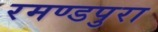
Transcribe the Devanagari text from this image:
रमण्डपुरा